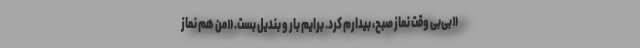
«بی‌بى وقت نماز صبح، بیدارم کرد. برایم بار و بندیل بست. «من هم نماز